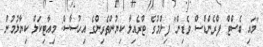
"މައި ބެސްޓް ފްރެންޑްސް ވެޑިން" ފިލްމުގެ ޓްރެއިލާ ކިޔުންތެރިންގެ އިހުސާސް: މިއާޓިކަލް ކިޔާލުމުން